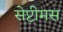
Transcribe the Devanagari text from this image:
सेप्टीमस